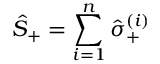
\hat { S } _ { + } = \sum _ { i = 1 } ^ { n } \hat { \sigma } _ { + } ^ { ( i ) }